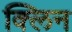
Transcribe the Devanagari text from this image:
क्‍लिन